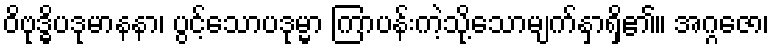
ဝိဗုဒ္ဓိပဒုမာနနာ၊ ပွင့်သောပဒုမ္မာ ကြာပန်းကဲ့သို့သောမျက်နှာရှိ၏။ အဂ္ဂဇော၊